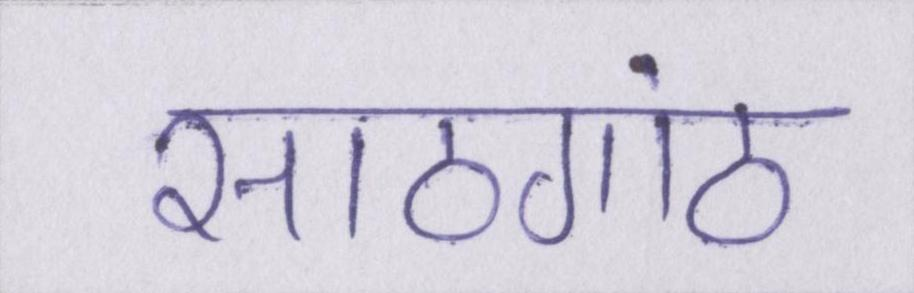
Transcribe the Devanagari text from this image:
साठगांठ